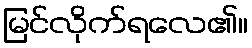
မြင်လိုက်ရလေ၏။